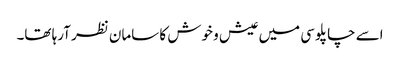
اسے چاپلوسی میں عیش و خوش کا سامان نظر آرہا تھا۔